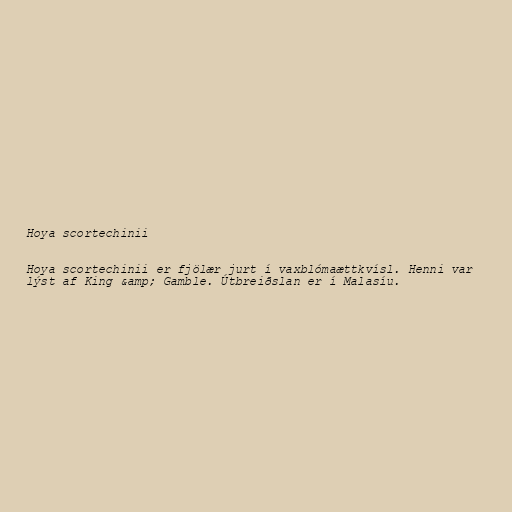
Hoya scortechinii

Hoya scortechinii er fjölær jurt í vaxblómaættkvísl. Henni var
lýst af King &amp; Gamble. Útbreiðslan er í Malasíu.